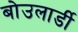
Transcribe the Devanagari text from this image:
बोउलार्डी